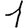
Digit: 1